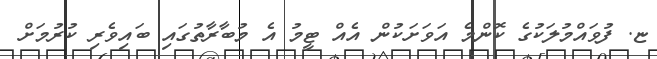
ޏ. ފުވައްމުލަކުގެ ކޮންމެ އަވަށަކުން އެއް ޓީމު އެ މުބާރާތުގައި ބައިވެރި ކުރުމަށް